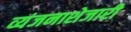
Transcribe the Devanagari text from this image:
व्यंजनाशेजारी